Annual administration report of the Civil Veterinary Department of India - 1898-1899
Year: 1898
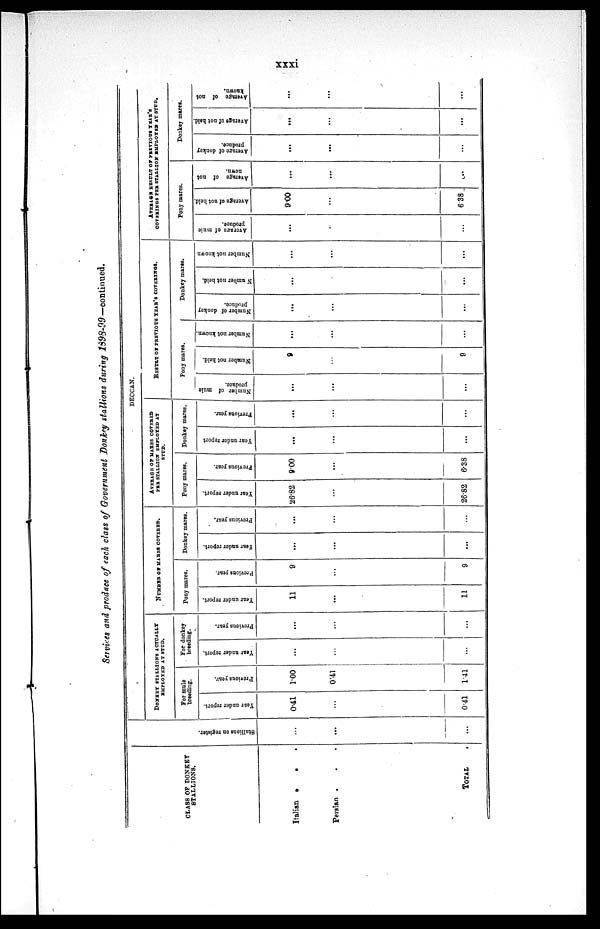
xxxi
Services and produce of each class of Government Donkey stallions during 1898-99—continued.
CLASS OF DONKEY
STALLIONS.
Italian .
.
.
Pevsian . . .
TOTAL .
Stallions
on register.
...
...
...
DECCAN.
DONKEY STALLIONS ACTUALLY
EMPLOYED AT STUD.
For mule
breeding.
Year under report.
0.41
...
0.41
Previous year.
1.00
0.41
1.41
For donkey
breeding.
Year under report.
...
...
...
Previous year.
...
...
...
NUMBER OF MARES COVERED.
Pony mares.
Year under report.
11
...
11
Previous year.
9
...
9
Donkey mares.
Year
under report.
...
...
...
Previous year.
...
...
...
AVERAGE OF MARES COVERED
PER STALLION EMPLOYED AT
STUD.
Pony mares.
Year under report.
26.82
...
26.82
Previous year.
9.00
...
6.38
Donkey mares.
Year under report
...
...
...
Previous year.
...
...
...
RESULT OF PREVIOUS YEAR'S COVERINGS.
Pony mares.
Number of mule
produce.
...
...
...
Number not held.
9
...
9
Number
not known.
...
...
...
Donkey mares.
Number of donkey
produce.
...
...
...
Number not held.
...
...
...
Number not known
...
...
...
AVERAGE RESULT OF PREVIOUS YEAR'S
COVERINGS PER STALLION EMPLOYED AT STUD.
Pony mares.
Average
of mule
produce.
...
...
...
Average of not held.
9.00
...
6.38
Average of not
nown.
...
...
...
Doakey mares.
Average of donkey
produce.
...
...
...
Average of not held.
...
...
...
Average of not
known.
...
...
...